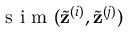
\mathrm { ~ s ~ i ~ m ~ } ( \tilde { \mathbf { z } } ^ { ( i ) } , \tilde { \mathbf { z } } ^ { ( j ) } )